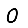
Digit: 0